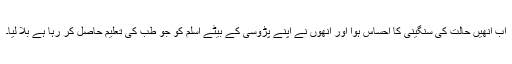
اب انھیں حالت کی سنگینی کا احساس ہوا اور انھوں نے اپنے پڑوسی کے بیٹے اسلم کو جو طب کی تعلیم حاصل کر رہا ہے بُلا لیا۔